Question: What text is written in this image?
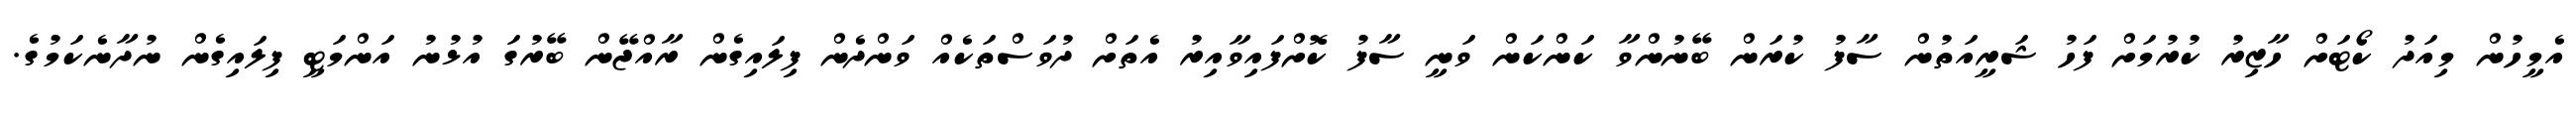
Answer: އެމީހުން މިއަދު ކޯޓަށް ހާޒިރު ކުރުމަށް ފަހު ޝަރީއަތުން ސާފު ކުރަން ބޭނުންވާ ކަންކަން ވަނީ ސާފު ކޮށްފައިވާއިރު އެތަށް ދުވަސްތަކެއް ވަންދެން ފިލައިގެން ރާއްޖޭން ބޭރުގަ އުޅުނު އަންމަޓީ ފިލައިގެން ނުދާނެކަމުގެ.